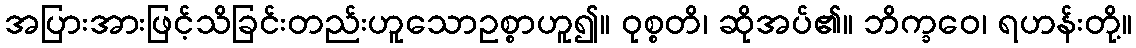
အပြားအားဖြင့်သိခြင်းတည်းဟူသောဥစ္စာဟူ၍။ ဝုစ္စတိ၊ ဆိုအပ်၏။ ဘိက္ခဝေ၊ ရဟန်းတို့။